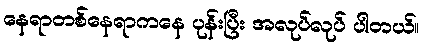
နေရာတစ်နေရာကနေ ပုန်းပြီး အလုပ်လုပ် ပါတယ်။